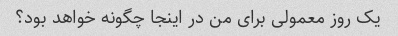
یک روز معمولی برای من در اینجا چگونه خواهد بود؟